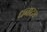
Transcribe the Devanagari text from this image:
धनाठ्य